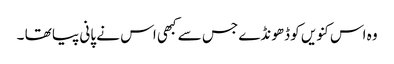
وہ اس کنویں کو ڈھونڈے جس سے کبھی اس نے پانی پیا تھا ۔